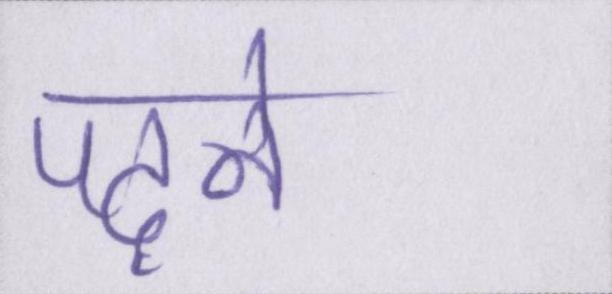
पढ़ने